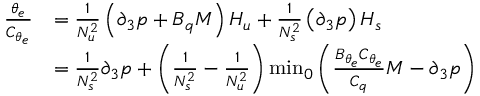
\begin{array} { r l } { \frac { \theta _ { e } } { C _ { \theta _ { e } } } } & { = \frac { 1 } { N _ { u } ^ { 2 } } \left( \partial _ { 3 } p + B _ { q } M \right) H _ { u } + \frac { 1 } { N _ { s } ^ { 2 } } \left( \partial _ { 3 } p \right) H _ { s } } \\ & { = \frac { 1 } { N _ { s } ^ { 2 } } \partial _ { 3 } p + \left( \frac { 1 } { N _ { s } ^ { 2 } } - \frac { 1 } { N _ { u } ^ { 2 } } \right) { \operatorname* { m i n } } _ { 0 } \left( \frac { B _ { \theta _ { e } } C _ { \theta _ { e } } } { C _ { q } } M - \partial _ { 3 } p \right) } \end{array}